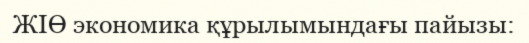
ЖІӨ экономика құрылымындағы пайызы: